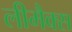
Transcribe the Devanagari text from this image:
लीमैक्स